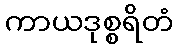
ကာယဒုစ္စရိတံ